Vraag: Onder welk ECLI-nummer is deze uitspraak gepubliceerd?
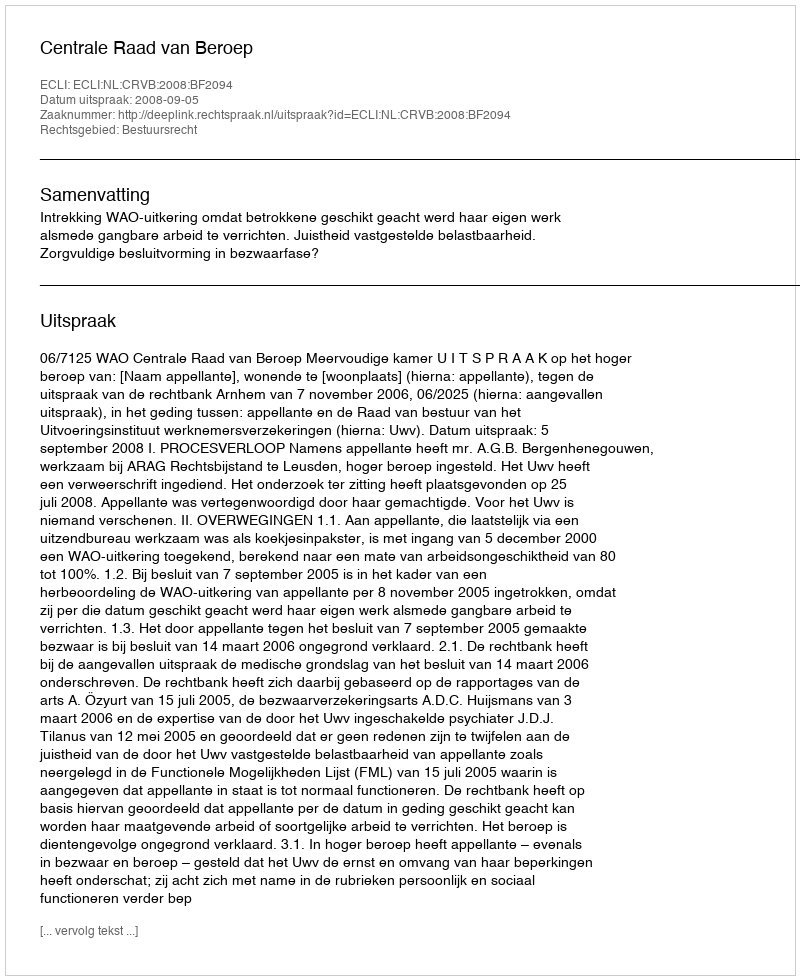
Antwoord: ECLI:NL:CRVB:2008:BF2094